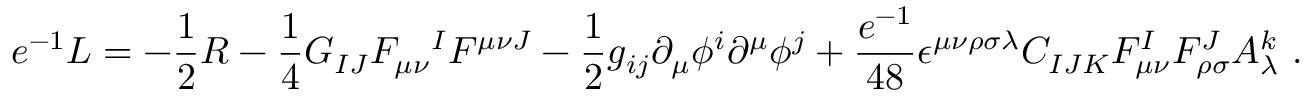
e ^ { - 1 } { \cal L } = - { \frac { 1 } { 2 } } R - { \frac { 1 } { 4 } } G _ { I J } F _ { \mu \nu } { } ^ { I } F ^ { \mu \nu J } - { \frac { 1 } { 2 } } g _ { i j } \partial _ { \mu } \phi ^ { i } \partial ^ { \mu } \phi ^ { j } + { \frac { e ^ { - 1 } } { 4 8 } } \epsilon ^ { \mu \nu \rho \sigma \lambda } C _ { I J K } F _ { \mu \nu } ^ { I } F _ { \rho \sigma } ^ { J } A _ { \lambda } ^ { k } \ .